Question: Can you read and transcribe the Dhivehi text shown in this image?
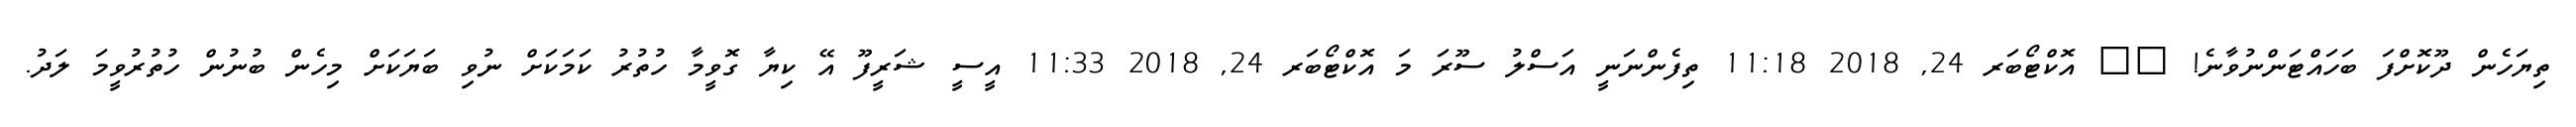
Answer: ތިޔަހެން ދޫކޮށްފަ ބަހައްޓަންނުވާނެ! ?? އޮކްޓޯބަރ 24, 2018 11:18 ތިފެންނަނީ އަސްލު ސޫރަ މަ އޮކްޓޯބަރ 24, 2018 11:33 އީސީ ޝަރީފޫ އޭ ކިޔާ ގޮވީމާ ހުތުރު ކަމަކަށް ނުވި ބަޔަކަށް މިހެން ބުނުން ހުތުރުވީމަ ލަދު.